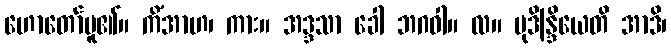
ဟောတော်မူ၏။ ကိံအာဟ၊ ကား။ အဒ္ဒသာ ခေါ ဘဂဝါ။ လ။ မုဒိန္ဒြိယေတိ အာဒိ၊